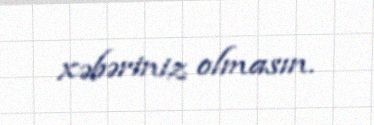
xəbəriniz olmasın.